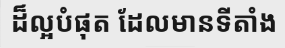
ដ៏ល្អបំផុត ដែលមានទីតាំង